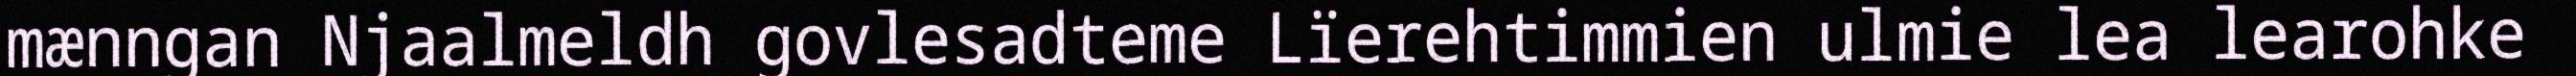
mænngan Njaalmeldh govlesadteme Lïerehtimmien ulmie lea learohke